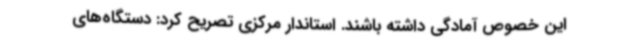
این خصوص آمادگی داشته باشند. استاندار مرکزی تصریح کرد: دستگاه‌های